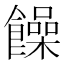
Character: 𩟎